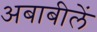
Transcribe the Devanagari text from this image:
अबाबीलें